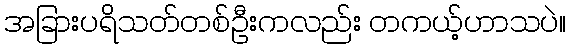
အခြားပရိသတ်တစ်ဦးကလည်း တကယ့်ဟာသပဲ။